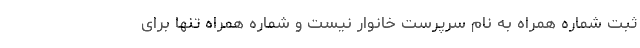
ثبت شماره همراه به نام سرپرست خانوار نیست و شماره همراه تنها برای